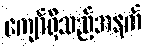
ကျော်ရှိသည့်အနက်